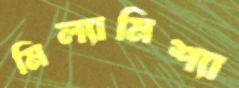
মিল্যামিশ্যা